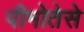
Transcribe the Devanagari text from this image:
पीमोतेसे